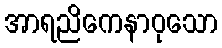
အာရညိကေနာဝုသော